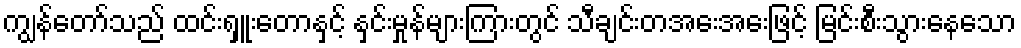
ကျွန်တော်သည် ထင်းရှူးတောနှင့် နှင်းမှုန်များကြားတွင် သီချင်းတအေးအေးဖြင့် မြင်းစီးသွားနေသော